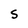
Character: S